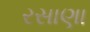
રસાણા